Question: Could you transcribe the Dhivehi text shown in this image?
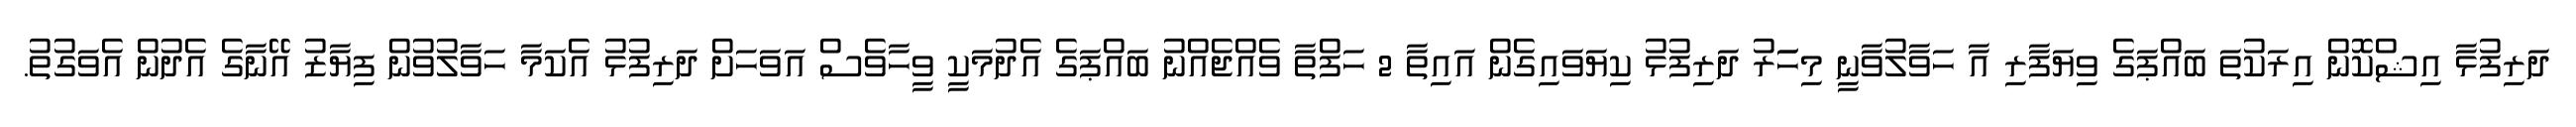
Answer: ދަރިފުޅާ އިޝްކޮން އިރަކުތަ ބައްޕަގެ ވިޔަފާރި އާ ހަވާލުވާނީ މިހަަރު ދަރިފުޅު ކިޔަވައިގެން އައިތާ 2 ހަފްތާ ވެއްޖެއްނު ބައްޕަގެ އެދުމަކީ ވީހާވެސް އަވަހަށް ދަރިފުޅު އެކަމާ ހަވާލުވުން ފިޔާޒު އޭނާގެ އެދުން އެވަގުތު.